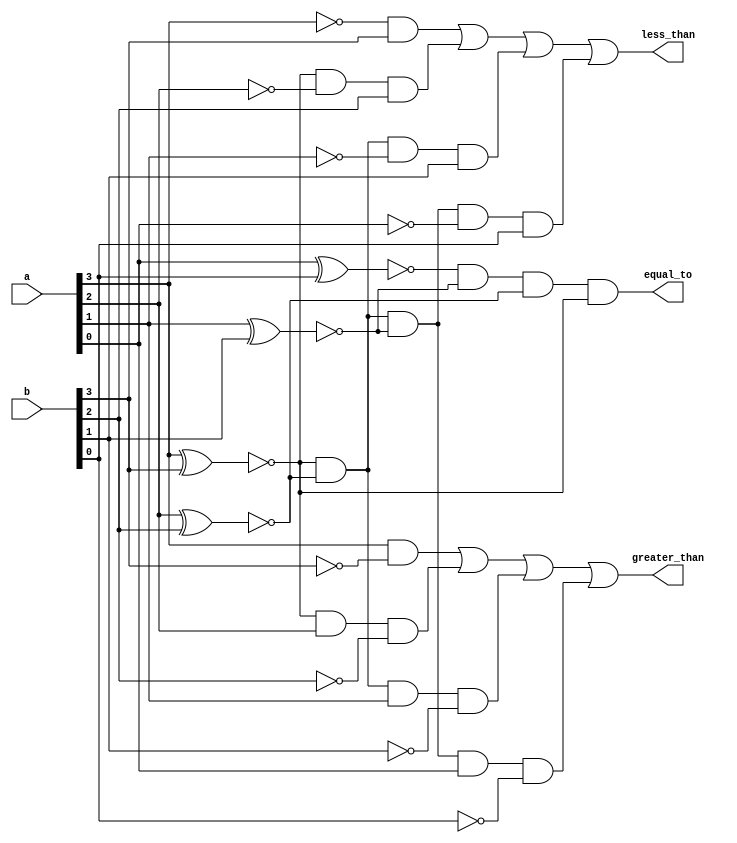
module comp_four(input [3:0]a,b,output greater_than,less_than,equal_to);
wire e0,e1,e2,e3;
wire g1,g2,g3,g4;
wire l1,l2,l3,l4;
xnor x1(e0,a[0],b[0]);
xnor x2(e1,a[1],b[1]);
xnor x3(e2,a[2],b[2]);
xnor x4(e3,a[3],b[3]);
and et(equal_to,e0,e1,e2,e3);
and a1(g1,a[3],~b[3]);
and a2(g2,e3,a[2],~b[2]);
and a3(g3,e3,e2,a[1],~b[1]);
and a4(g4,e3,e2,e1,a[0],~b[0]);
or gt(greater_than,g1,g2,g3,g4);
and c1(l1,~a[3],b[3]);
and c2(l2,e3,~a[2],b[2]);
and c3(l3,e3,e2,~a[1],b[1]);
and c4(l4,e3,e2,e1,~a[0],b[0]);
or lt(less_than,l1,l2,l3,l4);
endmodule